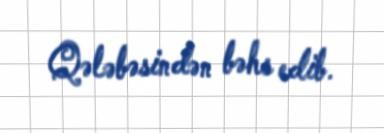
Qələbəsindən bəhs edib.